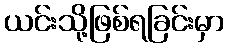
ယင်းသို့ဖြစ်ရခြင်းမှာ